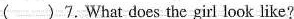
( )7.What does the girl look like?